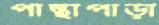
পান্থাপাড়া